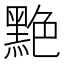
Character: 䵥